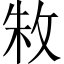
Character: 𫾭